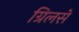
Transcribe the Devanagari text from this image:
ग्रिलसे